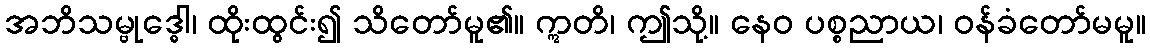
အဘိသမ္ဗုဒ္ဓေါ၊ ထိုးထွင်း၍ သိတော်မူ၏။ ဣတိ၊ ဤသို့။ နေဝ ပစ္စညာယ၊ ဝန်ခံတော်မမူ။